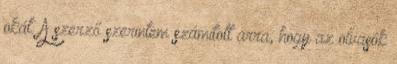
okát. A szerző szerintem számított arra, hogy az olvasók